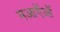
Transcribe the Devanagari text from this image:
नआऍऑ